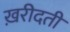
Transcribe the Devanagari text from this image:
ख़रीदती